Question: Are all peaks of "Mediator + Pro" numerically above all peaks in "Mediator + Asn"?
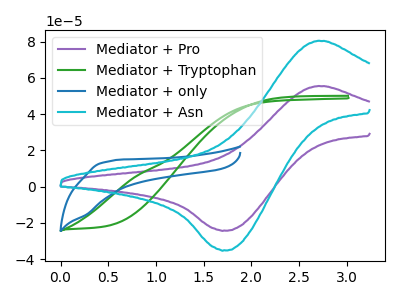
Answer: <think>The purple curve "Mediator + Pro" has an anodic peak at (2.70V, 55.45uA) and a cathodic peak at (1.70V, -24.15uA). The green curve "Mediator + Tryptophan" has no peaks. The blue curve "Mediator + only" has no peaks. The cyan curve "Mediator + Asn" has an anodic peak at (2.70V, 80.35uA) and a cathodic peak at (1.70V, -35.00uA).</think>
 <answer>Every peak in "Mediator + Pro" is lower than every peak in "Mediator + Asn".</answer>
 <eval>lower</eval>